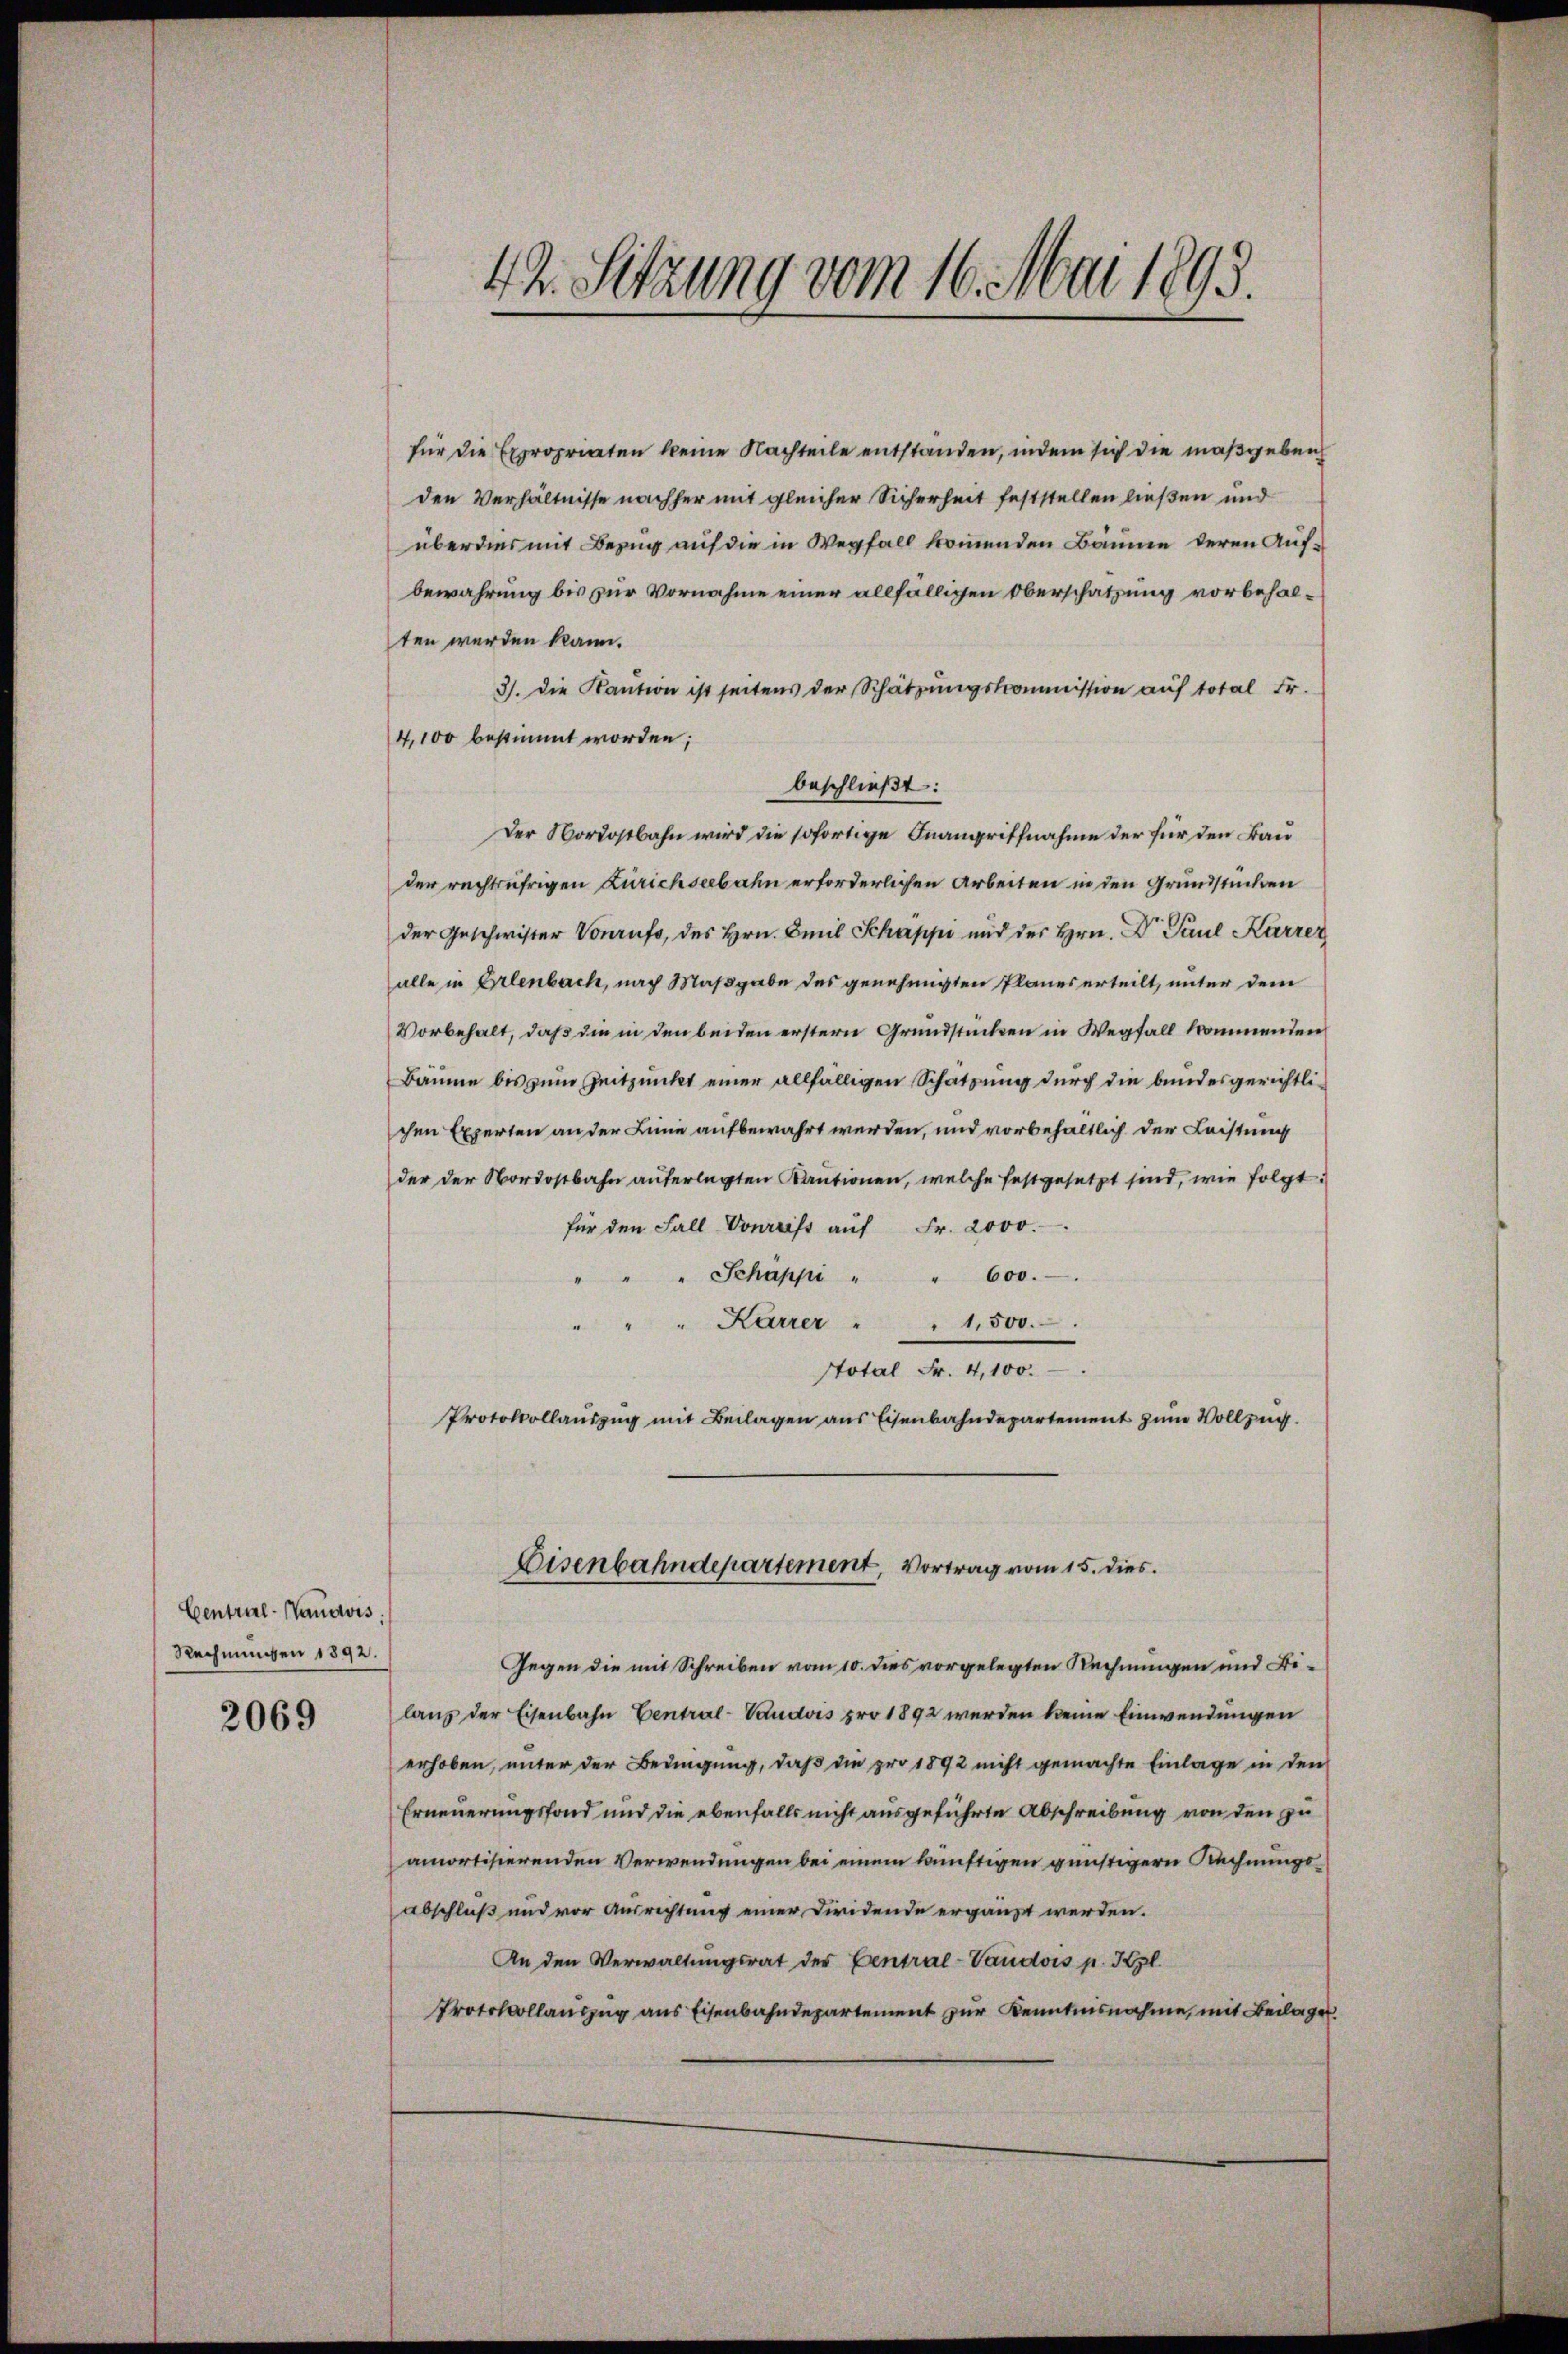
Central-Nauovis
Rechnungen 1892.

2069

42. Sitzung vom 16. Mai 1893.

für die Expropriaten keine Nachteile entständen, indem sich die maßgeben
den Verhältnisse nachher mit gleicher Sicherheit feststellen ließen und
überdies mit Bezug auf die in Wegfall kommenden Bäume deren Aufbewahrung bis zur Vornahme einer allfälligen Oberschätzung vorbehalten werden kann.
3). Die Kaution ist seitens der Schätzungskommission auf total Fr.
4,100 bestimmt worden;
beschließt:
Der Nordostbahn wird die sofortige Inangriffnahme der für den Bauder rechtsufrigen Zürichseebahn erforderlichen Arbeiten in den Grundstücken
der Geschwister Vorrufs, des Hrn. Emil Schäppi und des Hrn. Dr Paul Karrer
alle in Erlenbach, nach Maßgabe des genehmigten Planes erteilt, unter dem
Vorbehalt, daß die in den beiden erstern Grundstücken in Wegfall kommenden
Bäume bis zum Zeitpunkt einer allfälligen Schatzung durch die bundesgerichtlichen Experten an der Linie aufbewahrt werden, und vorbehaltlich der Leistung
der der Nordostbahn anferlegten Kautionen, welche festgesetzt sind, wie folgt:
für den Fall Vonrriss auf Fr. 2000.
" Schäppi " " 600.
Karrer " " 1,500.
Stotal Fr. 4,100.
Protokollauszug mit Beilagen aus Eisenbahndepartement zum Vollzug.

Eisenbahndepartement, Vortrag vom 15. dies

Gegen die mit Schreiben vom 10. dies vorgelegten Rechnungen und Bilang der Eisenbahn Central-Daudois pro 1892 werden keine Einwendungen
erhoben, unter der Bedingung, daß die pro 1892 nicht gemachte Einlage in den
Erneuerungsfond und die ebenfalls nicht ausgeführte Abschreibung von den zu
amortisierenden Verwendungen bei einem künftigen günstigern Rechnungsabschluß und vor Ausrichtung einer Firidende ergänzt werden.
An den Verwaltungsrat der Central-Vaudois p. Kzl.
Protokollauszug aus Eisenbahndepartement zur Kenntnisnahme, mit Beilager